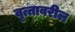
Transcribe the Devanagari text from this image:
वृत्तावरील